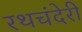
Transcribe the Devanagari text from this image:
रथचंदेरी